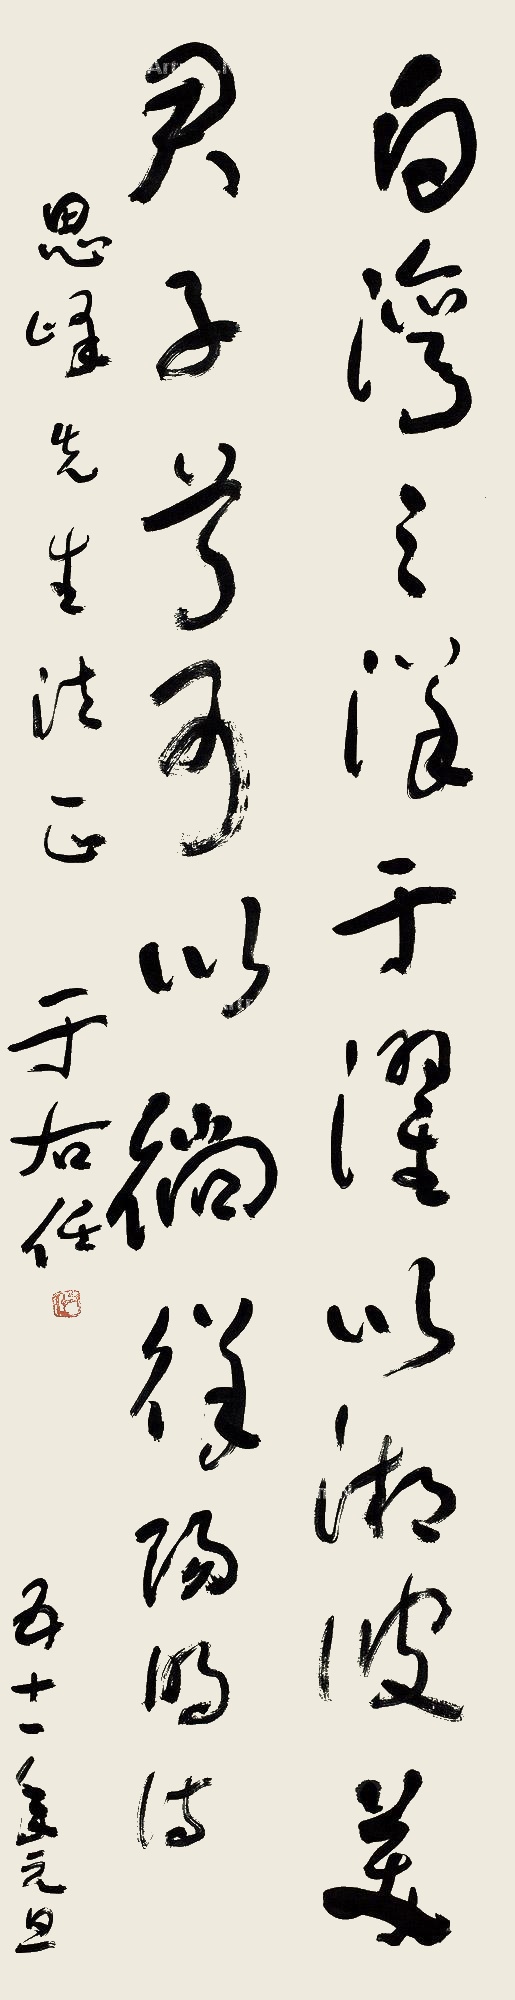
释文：白湾之洋，于濯以湘。彼美君子兮，可以徜徉。阳明诗，思峰先生法正，于右任。五十一年元旦。